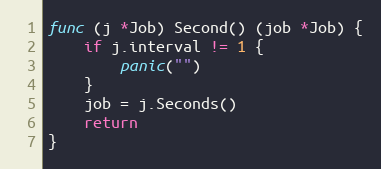
Language: Go
func (j *Job) Second() (job *Job) {
	if j.interval != 1 {
		panic("")
	}
	job = j.Seconds()
	return
}